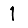
Digit: 1